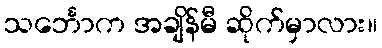
သင်္ဘောက အချိန်မီ ဆိုက်မှာလား။